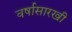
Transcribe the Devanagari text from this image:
वर्षासारखी